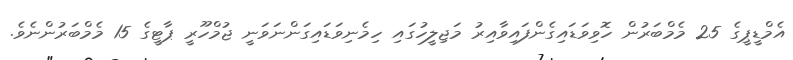
އެމްޑީޕީގެ 25 މެމްބަރުން ހޮވިވަޑައިގެންފައިވާއިރު މަޖިލީހުގައި ހިމެނިވަޑައިގަންނަވަނީ ޖުމްހޫރީ ޕާޓީގެ 15 މެމްބަރުންނެވެ.